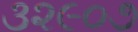
૩૨૯૦૭